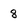
Character: 8